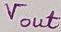
Text: Vout